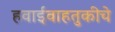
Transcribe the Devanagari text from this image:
हवाईवाहतुकीचे